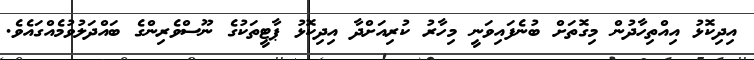
އިދިކޮޅު އިއްތިހާދުން މިގޮތަށް ބުނެފައިވަނީ މިހާރު ކުރިއަށްދާ އިދިކޮޅު ޕާޓީތަކުގެ ނޫސްވެރިންގެ ބައްދަލުވުމެއްގައެވެ.